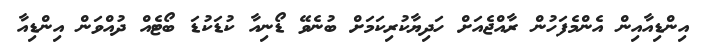
އިންޑިއާއިން އެންމެފަހުން ރާއްޖެއަށް ހަދިޔާކުރިކަމަށް ބުނެވޭ ޑޯނިއާ ކުޑަކުޑަ ބޯޓެއް ދުއްވަން އިންޑިއާ